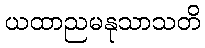
ယထာညမနုသာသတိ